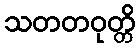
သတတဝုတ္တိ